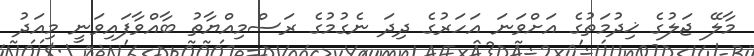
މާލޭ ޖަލުގެ ޚިދުމަތުގެ އަށްވަނަ އަހަރުގެ ދިދަ ނެގުމުގެ ރަސްމިއްޔާތު ބާއްވާފައިވަނީ މިއަދު